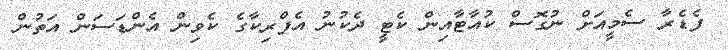
ފެޑެރާ ސެމީއަށް ނުގޮސް ކުއާޓާއިން ކެޓީ ދެކުނު އެފްރިކާގެ ކެވިން އެންޑަސަން އަތުން